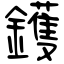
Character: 鑊